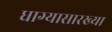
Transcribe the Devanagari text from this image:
धाग्यासारख्या